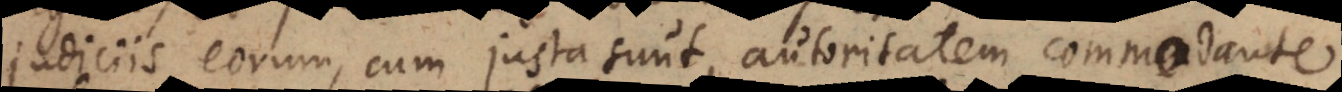
judiciis eorum, cum justa sunt, autoritatem commodante